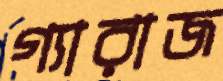
গ্যারাজ